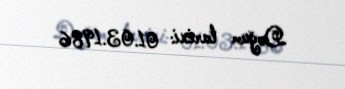
Doğum tarixi: 01.03.1986